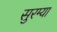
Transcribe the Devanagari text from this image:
सुरम्या